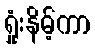
ရှုံးနိမ့်ကာ